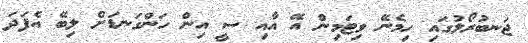
ޖަނބުރޯލުގައި ހިމެނޭ ވިޓަމިން އޭ އާއި ސީ އިން ހަންގަނޑަށް ލިބޭ އެފަދަ